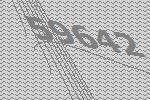
59642